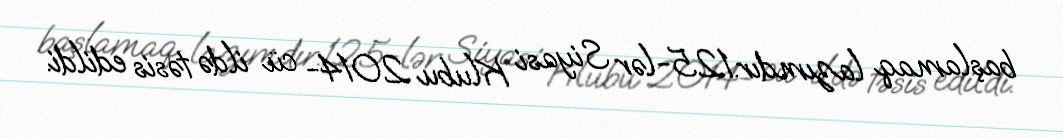
başlamaq lazımdır.125-lər Siyasi Klubu 2014- cü ildə təsis edildi.